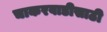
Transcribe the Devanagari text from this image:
चाकरवाडीसाठी